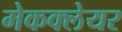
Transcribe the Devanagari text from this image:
मेकक्लेयर